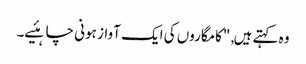
وہ کہتے ہیں, "کامگاروں کی ایک آواز ہونی چاہئیے۔